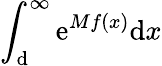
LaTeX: \int_{\mathrm{d}}^{\infty}\mathrm{e}^{Mf(x)}\mathrm{d}x